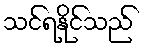
သင်ရနိုင်သည်